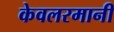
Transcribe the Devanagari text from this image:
केवलरमानी